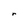
Character: r